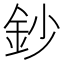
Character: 鈔